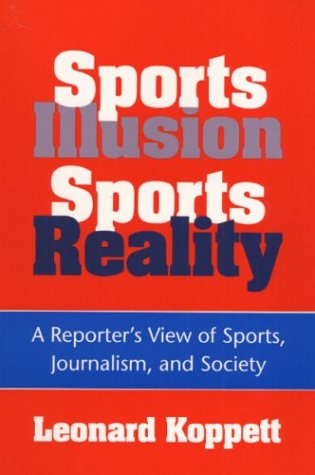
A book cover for Sports Illusion, Sports Reality: A Reporter's View of Sports, Journalism, and Society; Leonard Koppett; Sports & Outdoors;